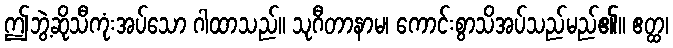
ဤဘွဲ့ဆိုသီကုံးအပ်သော ဂါထာသည်။ သုဂီတာနာမ၊ ကောင်းစွာသိအပ်သည်မည်၏။ ဧတ္ထ၊